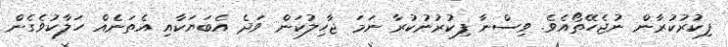
ފިކުރުކުރާން ނުޖެހޭތޯއެވެ. ވިސްނާ ފިކުރުނުކުރާ ނަމަ ޖާހިލުކަން ވަދެ އެބަޔަކާއި އެތަނެއް ހަލާކުވެގެން